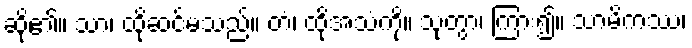
ဆို၏။ သာ၊ ထိုဆင်မသည်။ တံ၊ ထိုအသံကို။ သုတွာ၊ ကြား၍။ သာမိကဿ၊